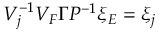
V _ { j } ^ { - 1 } V _ { F } \Gamma { \cal P } ^ { - 1 } \xi _ { E } = \xi _ { j }